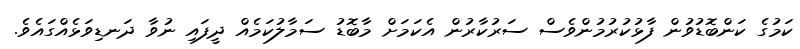
ކަމުގެ ކަންބޮޑުވުން ފާޅުކުރުމުންވެސް ސަރުކާރުން އެކަމަށް މާބޮޑު ސަމާލުކަމެއް ދީފައި ނުވާ ދަނޑިވަޅެއްގައެވެ.